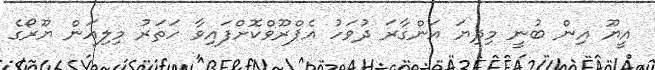
އީޔޫ އިން ބުނީ މިދިޔަ އަންގާރަ ދުވަހު އެޕްރޫވްކޮށްފައިވާ ހަތަރު މިލިއަން ޔޫރޯގެ